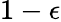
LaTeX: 1-\epsilon